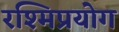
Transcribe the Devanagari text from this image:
रश्मिप्रयोग